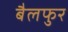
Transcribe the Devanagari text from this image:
बैलफुर